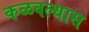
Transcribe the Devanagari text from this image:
कळवल्यास